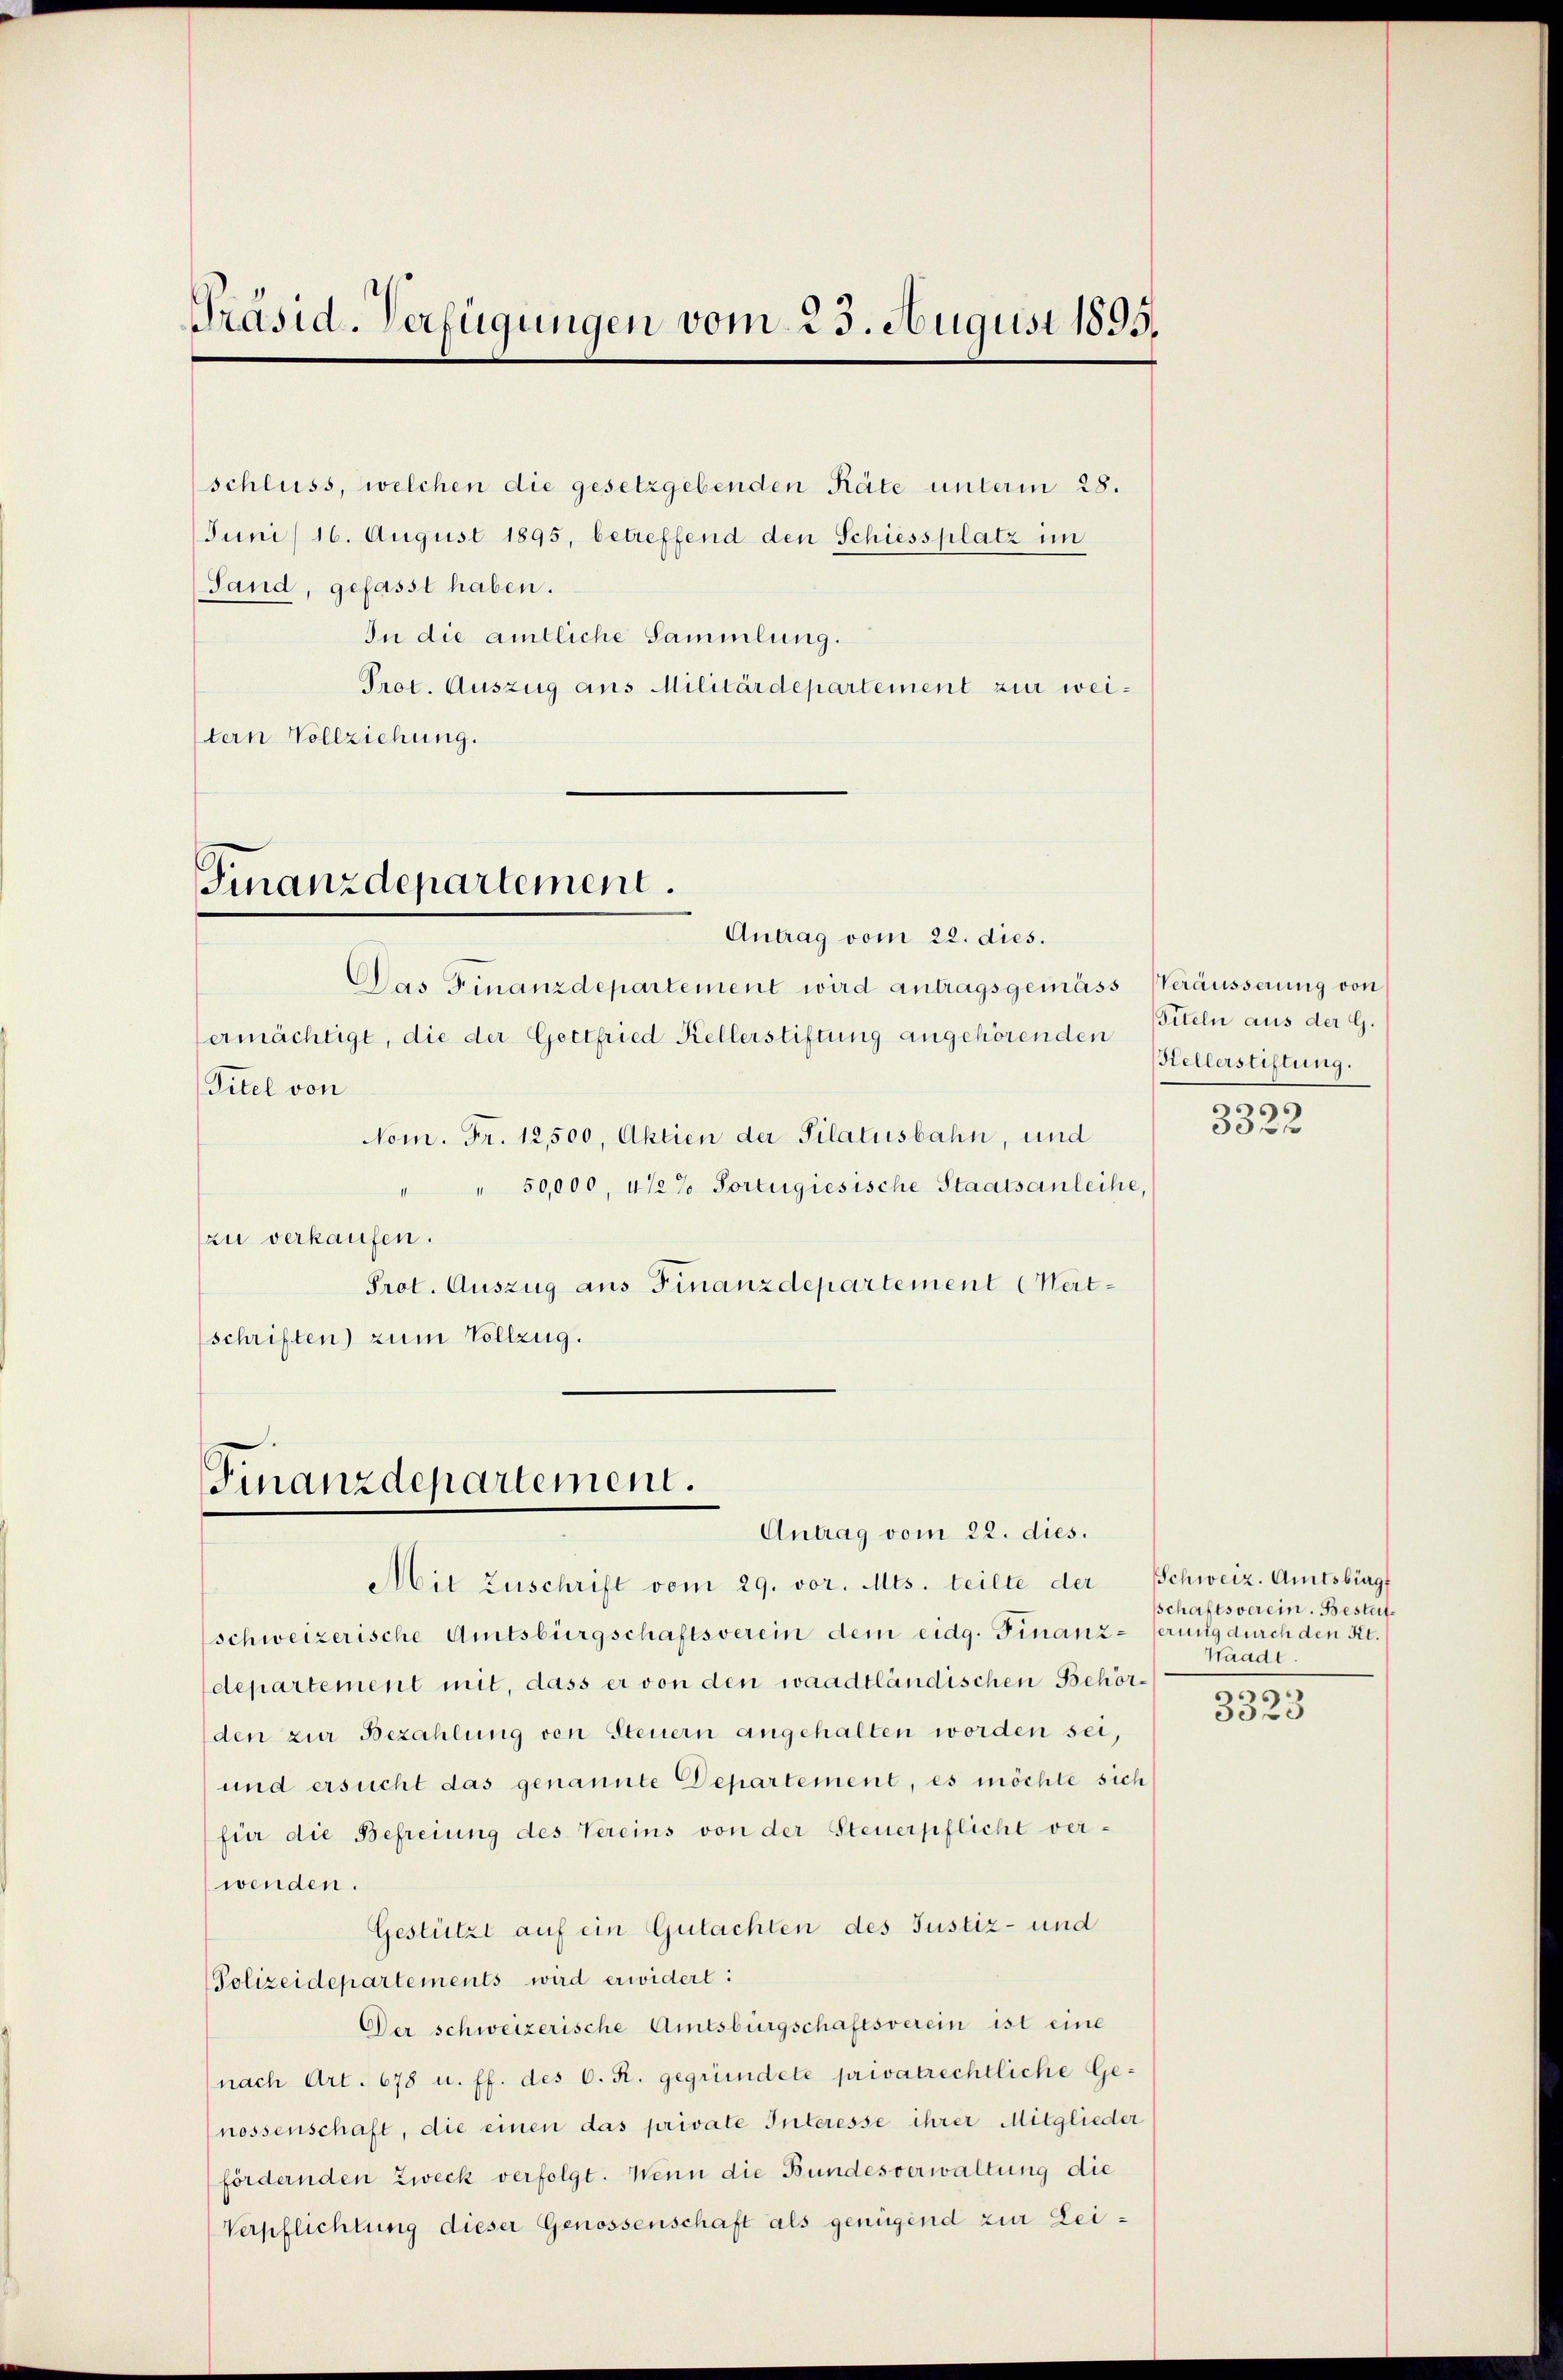
Präsid. Verfügungen vom 23. August 1895.

Sand, gefasst haben.
In die amtliche Sammlung.
Prot. Auszug aus Militärdepartement zur weitern Vollziehung.

Finanzdepartement.

Antrag vom 22. dies.
Das Finanzdepartement wird antragsgemäss Veräusserung von
ermächtigt, die der Gettfried Kellerstiftung angehörenden
Titel von
Nom. Fr. 12,500, Aktien der Silatusbahn, und
" 50,000, 412% Portugiesische Staatsanleihe,
zu verkaufen.
Prot. Auszug aus Finanzdepartement (Wertschriften) zum Vollzug.

Finanzdepartement.

schluss, welchen die gesetzgebenden Räte unterm 28.
Juni / 16. August 1895, betreffend den Schiessplatz im

Antrag vom 22. dies.

Mit Zuschrift vom 29. vor. Mts. teilte der
schweizerische Amtsbürgschaftsverein dem eidg. Finanzdepartement mit, dass er von den waadtländischen Behörden zur Bezahlung von Steuern angehalten worden sei,
und ersucht das genannte Departement, es möchte sich
für die Befreiung des Vereins von der Steuerpflicht verwenden.
Gestützt auf ein Gutachten des Justiz- und
Polizeidepartements wird erwidert:
Der schweizerische Amtsbürgschaftsverein ist eine
nach Art. 678 u. ff. des C. R. gegründete privatrechtliche Ge-
nossenschaft, die einen das private Interesse ihrer Mitglieder
fördernden Zweck verfolgt. Wenn die Bundesverwaltung die
Verpflichtung dieser Genossenschaft als genügend zur Lei¬

Titeln aus der G.
Kellerstiftung.
95

305 f

Schweiz. Amtsbürg
schaftsverein. Bestaterung durch den Kt.
Waadt.
d

332.